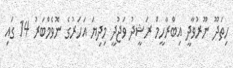
ހިތަދޫ ނޫރުވާދީ އިބްރާހީމް ރަޝީދު ވަޖުދީ މިދިޔަ އަހަރުގެ ނޮވެމްބަރު 14 ގައި